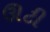
ઊટી